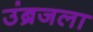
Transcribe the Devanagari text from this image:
उंब्रजला